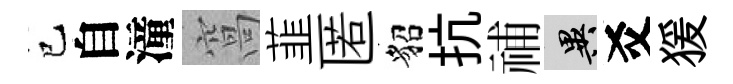
巳自潼窩韮匿貂抗𥙷异爻猨